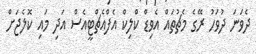
ދެވަނަ ދުވަހު ރޭގެ މެޗުތައް އެވިޑް ކްލިކް އެފްއެޗްޓީއެސް އަދި މައި ކޮލެޖަށް